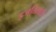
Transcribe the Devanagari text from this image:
इजतिमाअ